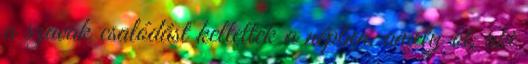
a szavak csalódást keltettek a népben, amely őt, aki